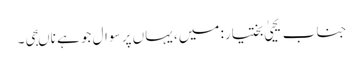
جناب یحییٰ بختیار: میں، یہاں پر سوال جو ہے ناںجی۔